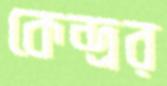
কেন্দ্রর